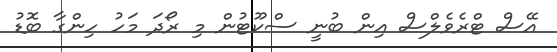
އޭސް ޓްރެވެލްސް އިން ބުނީ ސްކޫޓުން މި ރޯދަ މަހު ހިންގާ ބޮޑު